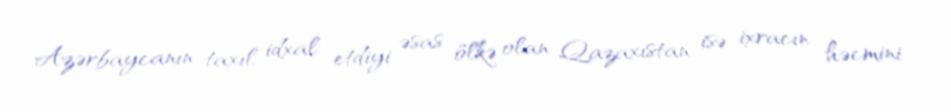
Azərbaycanın taxıl idxal etdiyi əsas ölkə olan Qazaxıstan isə ixracın həcmini